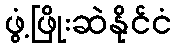
ဖွံ့ဖြိုးဆဲနိုင်ငံ